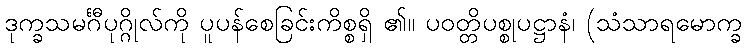
ဒုက္ခသမင်္ဂီပုဂ္ဂိုလ်ကို ပူပန်စေခြင်းကိစ္စရှိ ၏။ ပဝတ္တိပစ္စုပဋ္ဌာနံ၊ (သံသာရမောက္ခ